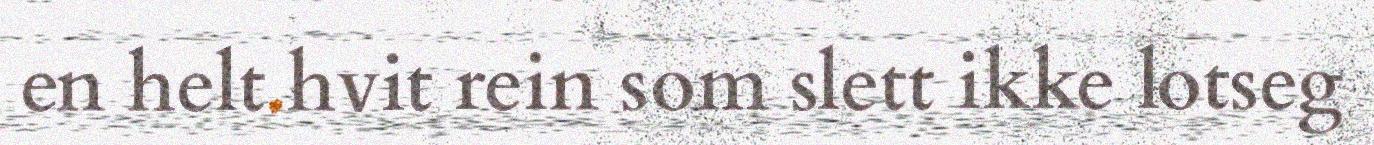
en helt hvit rein som slett ikke lotseg